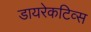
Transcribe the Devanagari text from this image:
डायरेकटिव्स